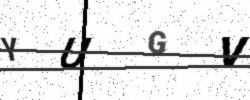
Text: YUGV